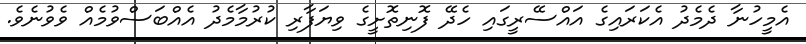
އެމީހުނާ ދެމެދު އެކަރައިގެ އައްސޭރީގައި ހެދޭ ފޮނިތޮށީގެ ވިޔަފާރި ކުރުމާމެދު އެއްބަސްވުމެއް ވެވުނެވެ.